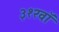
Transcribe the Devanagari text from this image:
३१२वॉ